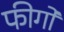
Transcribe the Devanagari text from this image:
फीगो